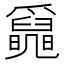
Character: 𤕄